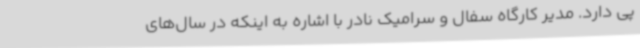
پی دارد. مدیر کارگاه سفال و سرامیک نادر با اشاره به اینکه در سال‌های